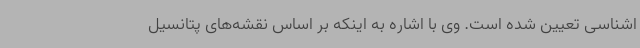
اشناسی تعیین شده است. وی با اشاره به اینکه بر اساس نقشه‌های پتانسیل